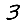
Digit: 3